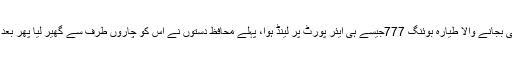
عینی شاہدین کا کہنا ہے کہ خطرے کی گھنٹی بجانے والا طیارہ بوئنگ 777جیسے ہی ایئر پورٹ پر لینڈ ہوا، پہلے محافظ دستوں نے اس کو چاروں طرف سے گھیر لیا پھر بعد میں اس کے مسافروں کو باہر نکلنے دیا گیا۔